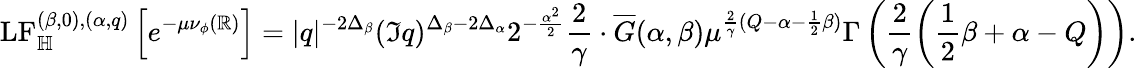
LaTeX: \mathrm{LF}_{\mathbb H}^{(\beta,0),(\alpha,q)}\left[e^{-\mu\nu_{\phi}(\mathbb R)}\right]=|q|^{-2\Delta_{\beta}}(\Im q)^{\Delta_{\beta}-2\Delta_{\alpha}}2^{-\frac{\alpha^{2}}{2}}\frac{2}{\gamma}\cdot\overline{G}(\alpha,\beta)\mu^{\frac{2}{\gamma}(Q-\alpha-\frac{1}{2}\beta)}\Gamma\left(\frac{2}{\gamma}\left(\frac{1}{2}\beta+\alpha-Q\right)\right).